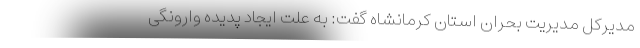
مدیرکل مدیریت بحران استان کرمانشاه گفت: به علت ایجاد پدیده وارونگی